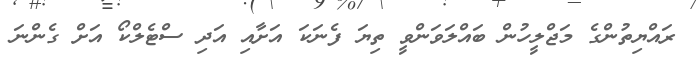
ރައްޔިތުންގެ މަޖްލީހުން ބައްލަވަންވީ ތިޔަ ފެނަކަ އަށާއި އަދި ސްޓެލްކޯ އަށް ގެންނަ